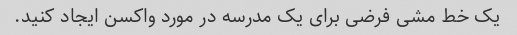
یک خط مشی فرضی برای یک مدرسه در مورد واکسن ایجاد کنید.